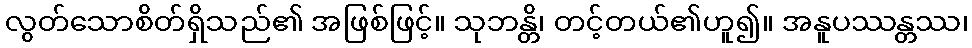
လွတ်သောစိတ်ရှိသည်၏ အဖြစ်ဖြင့်။ သုဘန္တိ၊ တင့်တယ်၏ဟူ၍။ အနူပဿန္တဿ၊